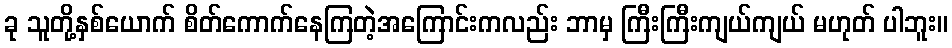
ခု သူတို့နှစ်ယောက် စိတ်ကောက်နေကြတဲ့အကြောင်းကလည်း ဘာမှ ကြီးကြီးကျယ်ကျယ် မဟုတ် ပါဘူး။